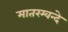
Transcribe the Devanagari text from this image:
मातरम्वन्दे